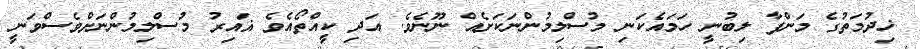
ޚިދުމަތުގެ މަންފާ ލިބުނީ ހަމައެކަނި މުސްލިމުންނަކަށެއް ނޫނެވެ. އަދި ކީއްތޯއެވެ ޣައިރު މުސްލިމުންނަށްވެސްވަނީ